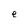
Character: p